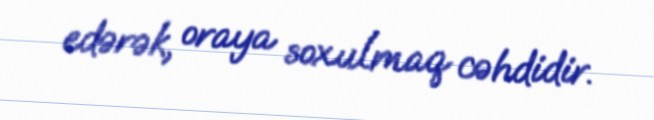
edərək, oraya soxulmaq cəhdidir.